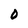
Character: 0